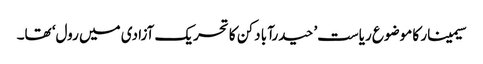
سیمینار کا موضوع ریاست’ حیدرآبا دکن کا تحریک آزادی میں رول‘ تھا۔